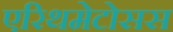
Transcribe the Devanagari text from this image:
एरिथमेटोसस